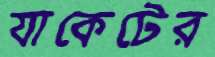
যাকেটের